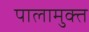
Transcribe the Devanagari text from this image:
पालामुक्त